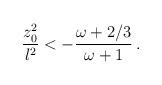
LaTeX: \begin{align*}{{z_0 ^2}\over l^2} < - {{\omega + 2/3}\over{\omega +1}} \, .\end{align*}